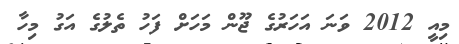
މިއީ 2012 ވަނަ އަހަރުގެ ޖޫން މަހަށް ފަހު ތެލުގެ އަގު މިހާ